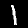
Label: 1